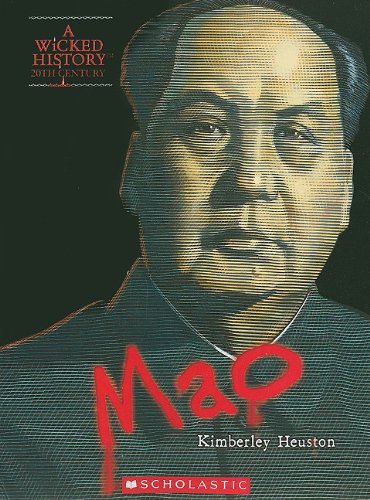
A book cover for Mao Zedong (Wicked History); Kimberly Burton Heuston; Teen & Young Adult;